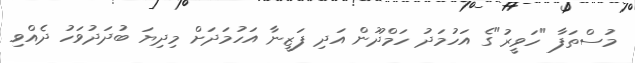
މުސްތަފާ "ހަވީރު"ގެ އަހުމަދު ހަމްދޫން އަދި ފަޒީނާ އަހުމަދަށް މިދިޔަ ބުދަދުވަހު ދެއްވި